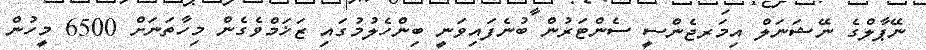
ނޭޕާލްގެ ނޭޝަނަލް އިމަރޖެންސީ ސެންޓަރުން ބުނެފައިވަނީ ބިންހެލުމުގައި ޒަޚަމްވެގެން މިހާތަނަށް 6500 މީހުން